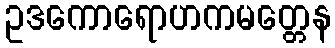
ဥဒကောရောဟကမတ္တေန